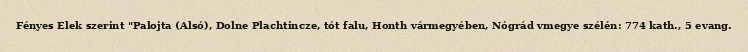
Fényes Elek szerint "Palojta (Alsó), Dolne Plachtincze, tót falu, Honth vármegyében, Nógrád vmegye szélén: 774 kath., 5 evang.